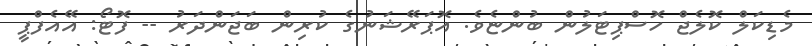
މެޑިކަލް ކޮލެޖް ހޮސްޕިޓަލުން ބުންޏެވެ. އޮޕަރޭޝަނުގެ ކުރިން ބަޖަންދަރު -- ފޮޓޯ: އޭއެފްޕީ